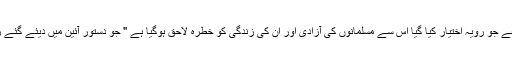
درخواست میں کہا گیا ہے کہ میڈیا کے ذریعے جو رویہ اختیار کیا گیا اس سے مسلمانوں کی آزادی اور ان کی زندگی کو خطرہ لاحق ہوگیا ہے " جو دستور آئین میں دیئے گئے رائٹ ٹو لائف کے بنیادی حق کے خلاف ہے۔